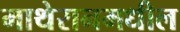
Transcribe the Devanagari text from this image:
माथेरानमधील